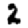
Digit: 2